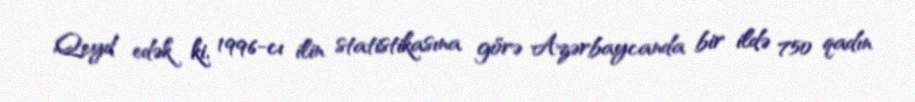
Qeyd edək ki, 1996-cı ilin statistikasına görə Azərbaycanda bir ildə 750 qadın